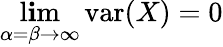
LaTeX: \operatorname*{l\mathbf{i}m}_{\alpha=\beta\to\infty}\operatorname{var}(X)=0